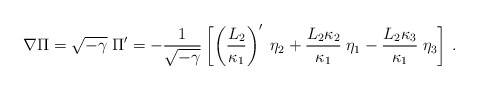
\begin{align*}\nabla \Pi = \sqrt{-\gamma}\; \Pi{}' =- {1 \over \sqrt{-\gamma}}\left[ \left( {L_2 \over \kappa_1} \right)'\; \eta_2 + { L_2 \kappa_2 \over \kappa_1 } \; \eta_1- {L_2 \kappa_3 \over \kappa_1 }\; \eta_3 \right]\,.\end{align*}